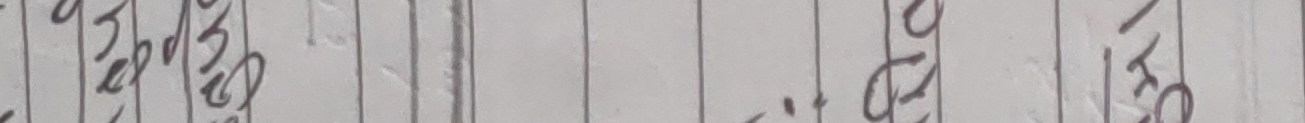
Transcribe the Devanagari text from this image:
हुँदैन।